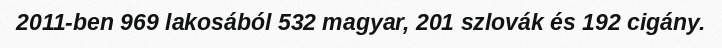
2011-ben 969 lakosából 532 magyar, 201 szlovák és 192 cigány.